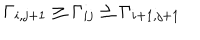
LaTeX: \Gamma _ { i , j + 1 } \geq \Gamma _ { i j } \geq \Gamma _ { i + 1 , j + 1 }